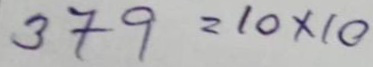
379 = 10 x 10